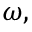
\omega ,